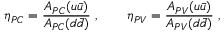
\eta _ { P C } = \frac { A _ { P C } ( u \bar { u } ) } { A _ { P C } ( d \bar { d } ) } ~ , \qquad \eta _ { P V } = \frac { A _ { P V } ( u \bar { u } ) } { A _ { P V } ( d \bar { d } ) } ~ ,